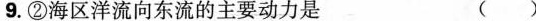
9.②海区洋流向东流的主要动力是 ()